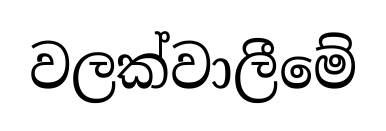
වලක්වාලීමේ